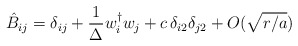
\begin{align*}\hat B_{ij} = \delta_{ij} + {1 \over \Delta} w_i^\dagger w_j + c \, \delta_{i2}\delta_{j2} + O(\sqrt{r/a})\end{align*}